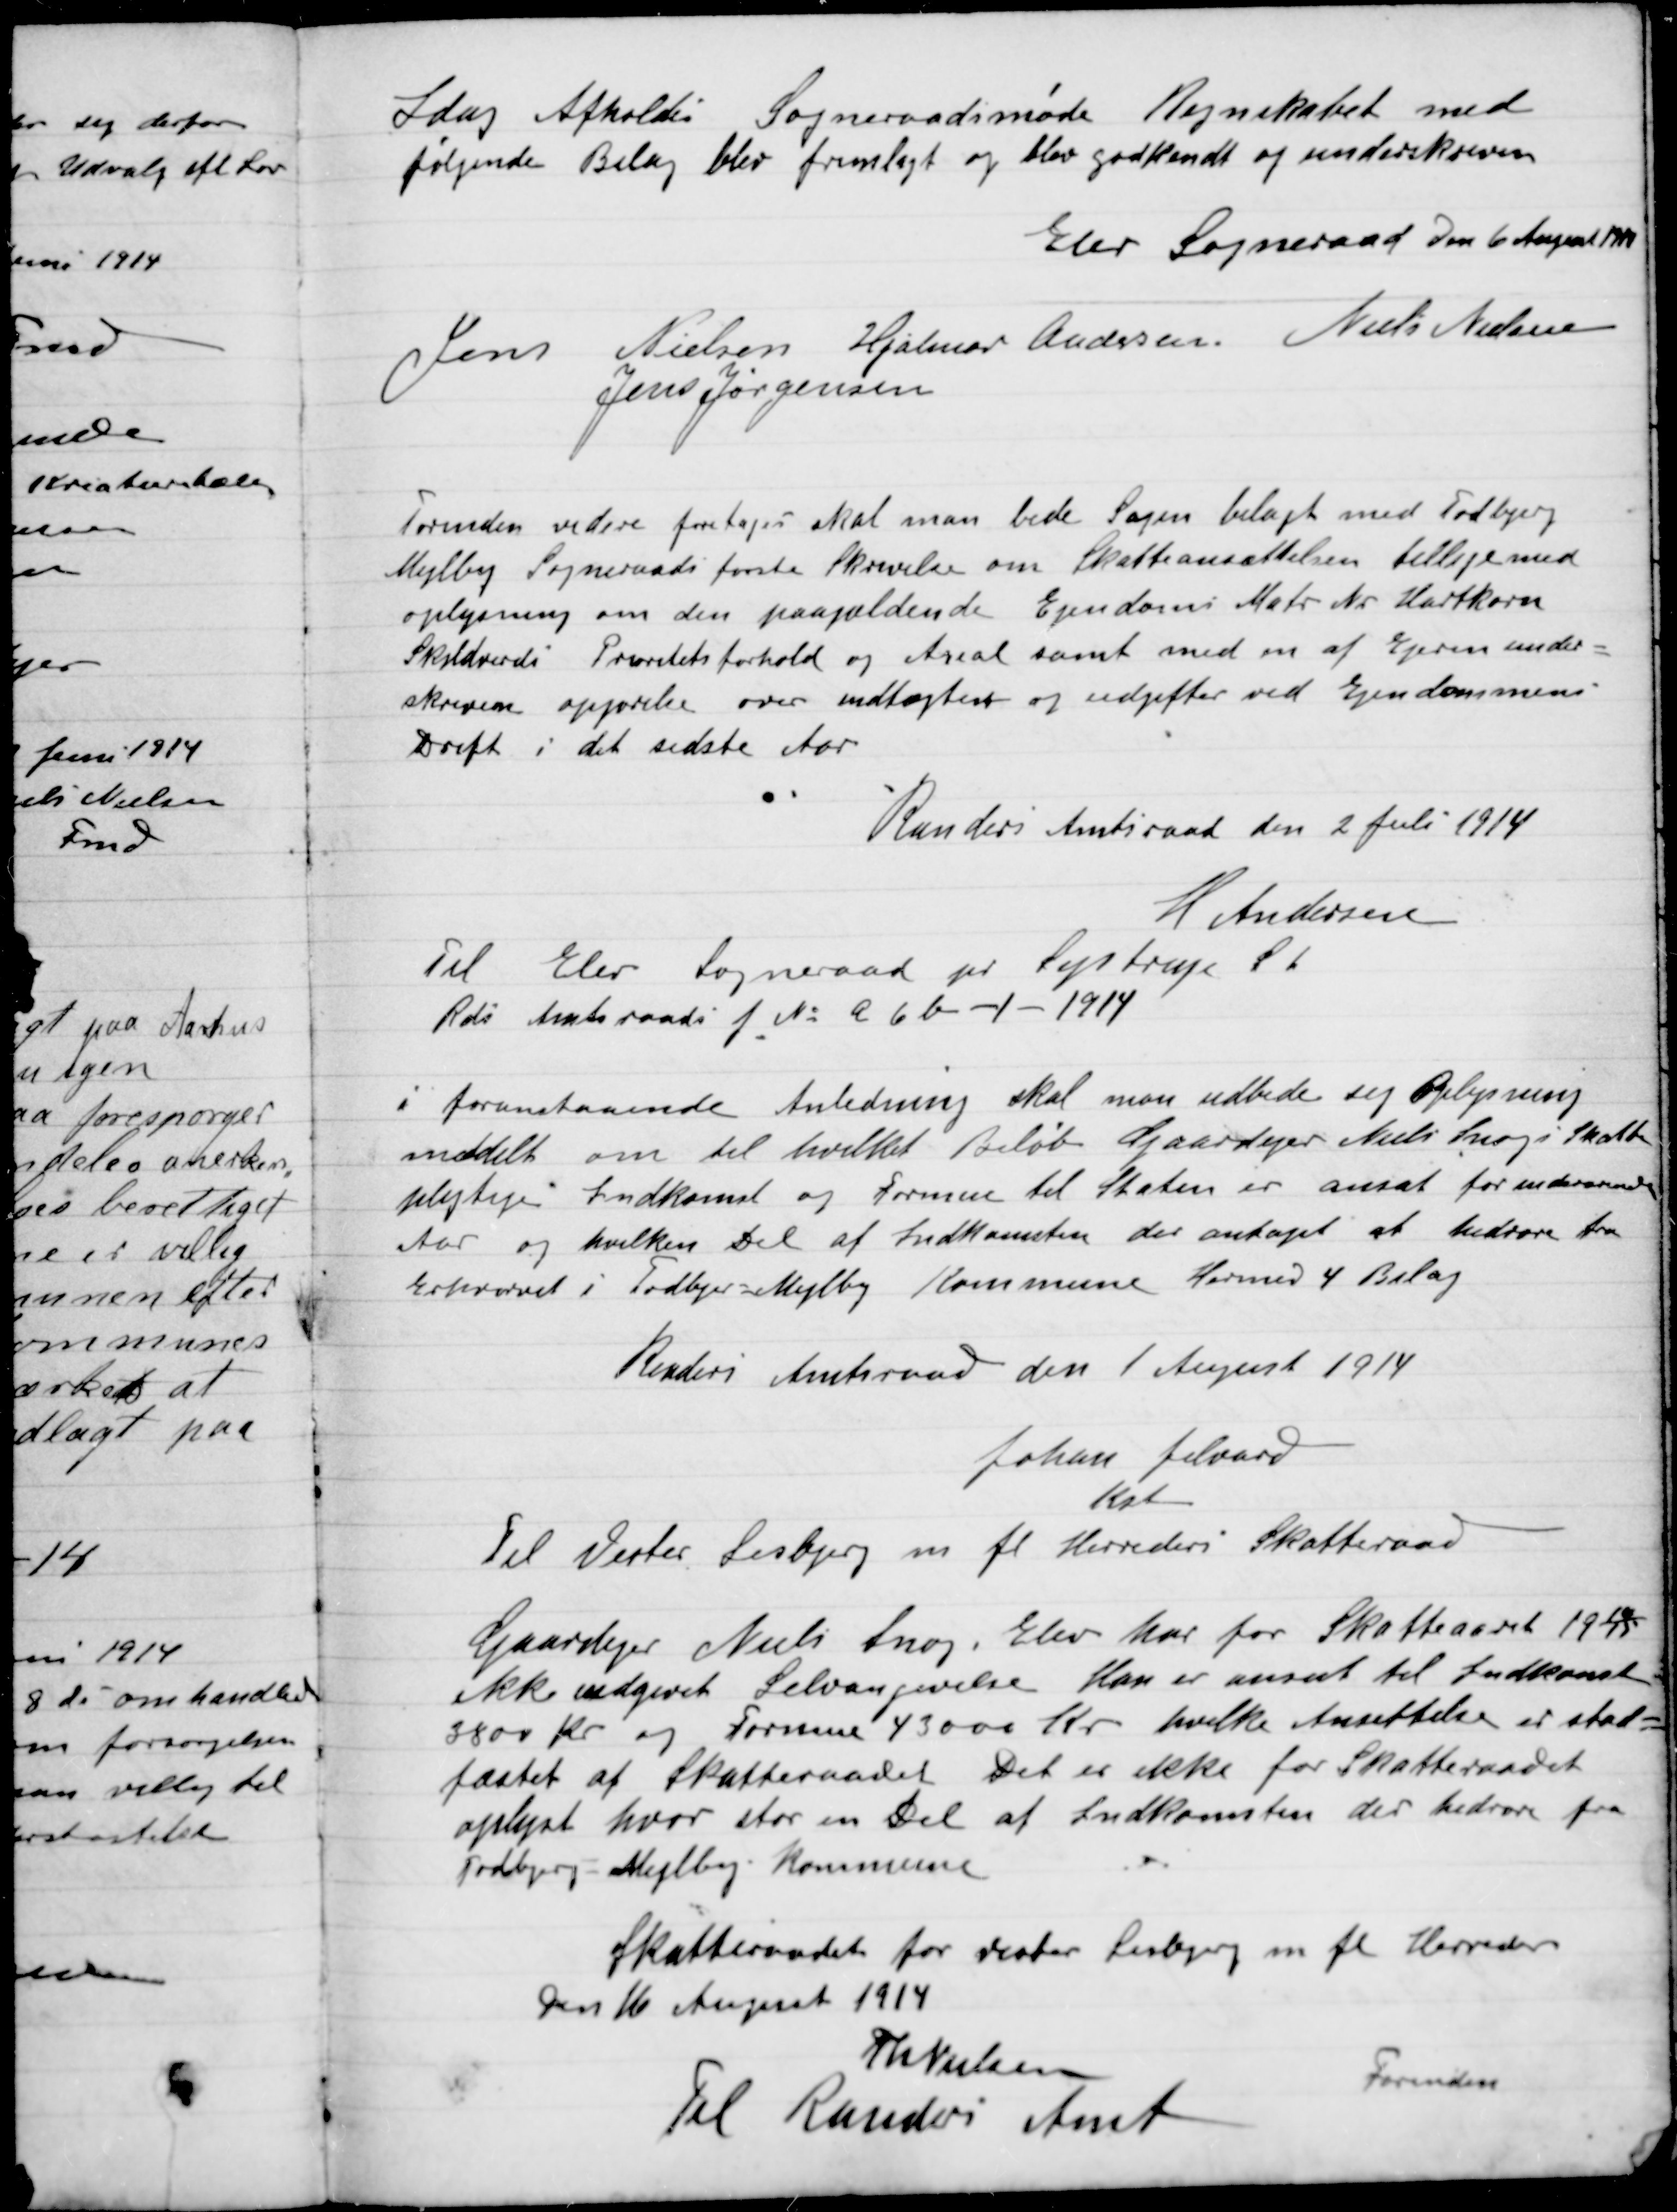
Transskription:
I Dag afholdt Sogneraadsmøde Regnskabet med
følgende Bilag blev fremlagt og blev godkendt og underskreven

Elev Sogneraad den 6 August 1914

Jens Nielsen
Hjalmer Andersen
Niels Nielsen
Jens Jørgensen

Forinden videre foretages skal man bede sagen bilagt med Todbjerg
Mejlby Sogneraads første Skrivelse om skatteansættelsen tilligemed
oplysning om den paagældende ejendom Matr. Nr. Hartkorn
Skyldværdi Provstets forhold og areal samt med en af Ejeren under-
Skreven opgørelse over indtægter og udgifter ved ejendommens
Drift i det sidste Aar.
Randers amt den 2 Juli 1914
K. Andersen
Til Elev Sogneraad pr. Lystrup St.
Rds Amtsraads f No a 6 b - / - 1914

I foranstaaende Anledning skal man udbede sig Oplysning
Mødet om til hvilket Beløb Gaardejer niels Snog i Skat
Plejtens Indkomst og Formue til staten er ansat for indeværende
Aar og hvilken Del af Indkomsten der andrager at vedrøre fra
Erhvervet  i Todbjerg-Mejlby Kommune hermed 4 Bilag
Randers Amtsraad den 1 August 1914
Johan felvard
Kat
Til Vester Lisbjerg m.fl. Herreds Skatteraad

Gaardejer Niels Snog elev har for Skatteaaret 19 14 / 15
Ikke udgivet Selvangivelse Han er ansat til Indkomst
3800 Kr. og Formue 43000 Kr. hvilket Ansættelse er stad-
fæstet af Skatteraadet det er ikke for Skatteraadet
Oplyst hvor stor en Del af Indkomsten der hidrører fra
Todbjerg-Mejlby kommune
Skatteraadet for vester Lisbjerg m.fl. Herredes
Den 16 August 1914
Th. Nielsen
Formanden
Til Randers Amt